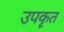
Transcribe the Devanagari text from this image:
उपकॄत